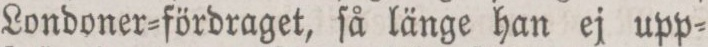
Londoner=fördraget, ſå länge han ej upp=